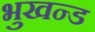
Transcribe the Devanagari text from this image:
भुखन्ड